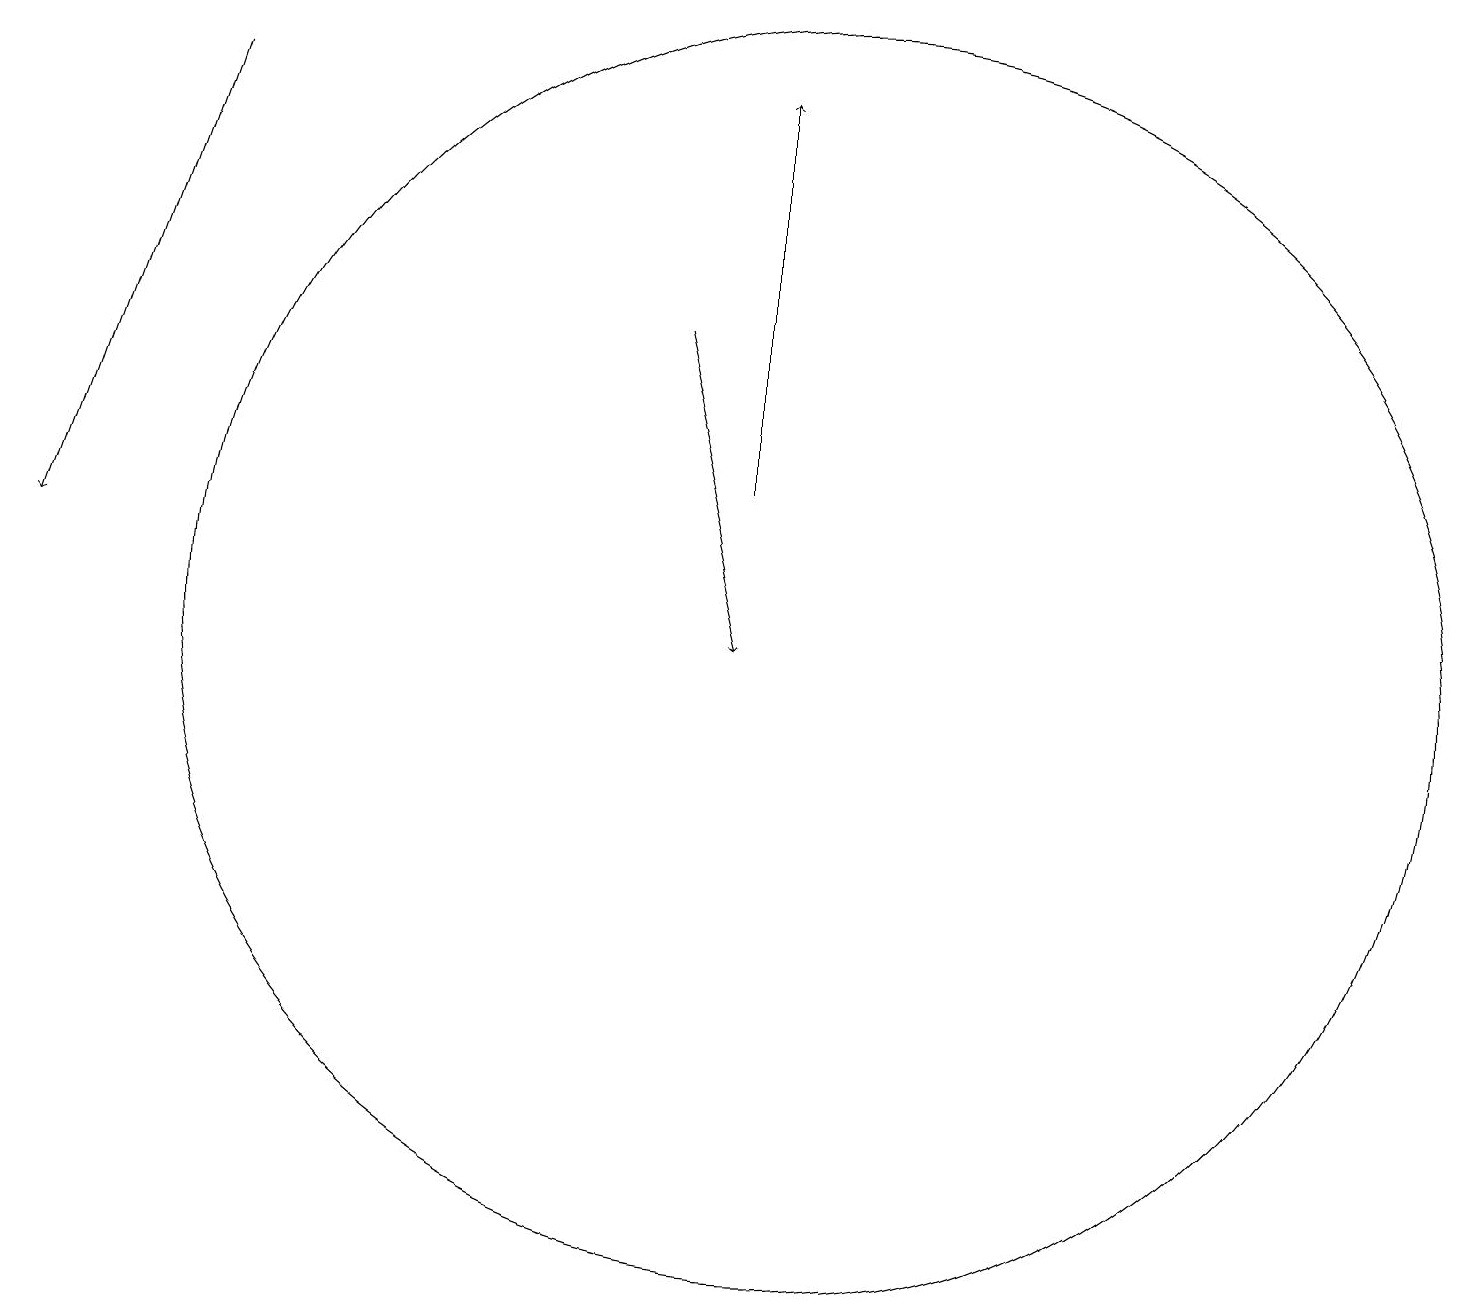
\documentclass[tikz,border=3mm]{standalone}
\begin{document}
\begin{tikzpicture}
\draw[->] (8,14) -- (9,10);
\draw[->] (9,12) -- (9,17);
\draw[->] (2,17) -- (0,11);
\draw (10,10) circle (8);
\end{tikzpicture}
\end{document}